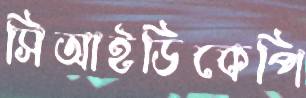
সিআইডিকেপি